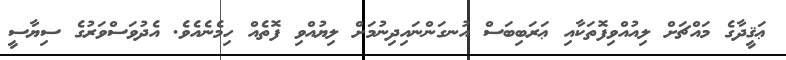
ޢަޤީދާގެ މައްޗަށް ލިއުއްވިފޮތަކާއި ޢަރަބިބަސް އުނގަންނައިދިނުމަށް ލިޔުއްވި ފޮތެއް ހިމެނެއެވެ. އެދުވަސްވަރުގެ ސިޔާސީ